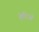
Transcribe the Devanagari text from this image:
हेगिओ